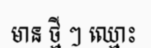
មាន ថ្មី ៗ ឈ្មោះ